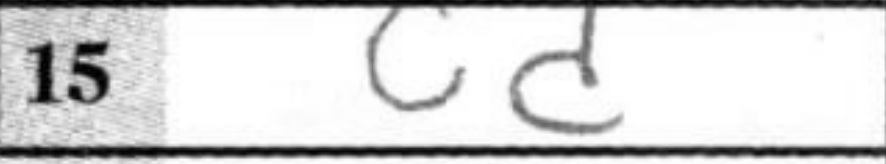
Transcription: cd